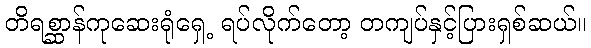
တိရစ္ဆာန်ကုဆေးရုံရှေ့ ရပ်လိုက်တော့ တကျပ်နှင့်ပြားရှစ်ဆယ်။